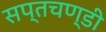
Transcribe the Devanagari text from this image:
सप्तचण्डी